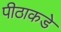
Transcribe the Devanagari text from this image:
पीठाकडे